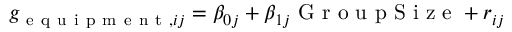
g _ { \mathrm { ~ e ~ q ~ u ~ i ~ p ~ m ~ e ~ n ~ t ~ } , i j } = \beta _ { 0 j } + \beta _ { 1 j } \mathrm { ~ G ~ r ~ o ~ u ~ p ~ S ~ i ~ z ~ e ~ } + r _ { i j }